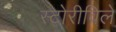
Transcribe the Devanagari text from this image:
स्टोरीविले